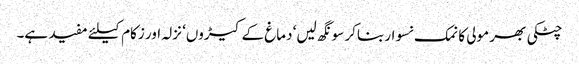
چٹکی بھر مولی کا نمک نسوار بناکر سونگھ لیں‘ دماغ کے کیڑوں‘ نزلہ اور زکام کیلئے مفید ہے۔